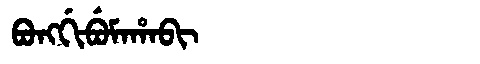
Manchu: ᠪᠣᠩᡤᡳᠪᡠᠮᠠᡥᠠᠪᡳ
Romanization: BONGGIBUMAHABI